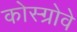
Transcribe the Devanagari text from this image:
कोस्ग्रोवे